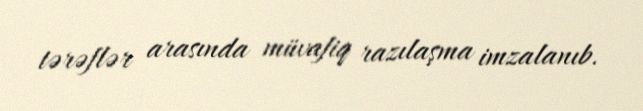
tərəflər arasında müvafiq razılaşma imzalanıb.